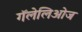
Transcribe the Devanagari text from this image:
गॅलेलिओज